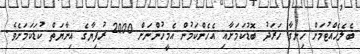
ބެލެހެއްޓުމަށް ހިނގާ ހަރަދު ބޮޑުކަމަށާއި އެހެންކަމުން އެމީހުންނަށް 2000 ރުފިޔާގެ އިނާޔަތް ކުޑަކަމަށެވެ.